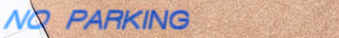
NO PARKING